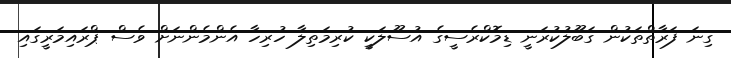
ގިނަ ފަރާތްތަކުން ގަބޫލުކުރަނީ ޑިމޮކްރެސީގެ އުސޫލަކީ ކުރިމަތިލާ ހުރިހާ އެންމެންނަށް ވެސް ޕްރައިމަރީގައި